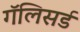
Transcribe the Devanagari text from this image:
गॅलिसर्ड